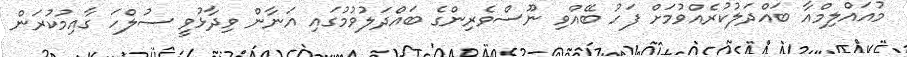
މުއައްލިމްއާ ބައްދަލުކުރެއްވުމަށް ފަހު ބޭއްވި ނޫސްވެރިންގެ ބައްދަލުވުމުގައި އަނާން ވިދާޅުވީ ސުލްހަ ގާއިމުކުރަން